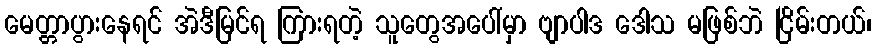
မေတ္တာပွားနေရင် အဲဒီမြင်ရ ကြားရတဲ့ သူတွေအပေါ်မှာ ဗျာပါဒ ဒေါသ မဖြစ်ဘဲ ငြိမ်းတယ်၊